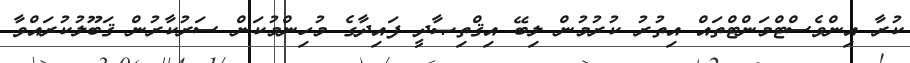
ކުރާ އިންވެސްޓްމަންޓްތައް އިތުރު ކުރުމުން ލިބޭ އިޤްތިޞާދީ ފައިދާގެ މުހިންމުކަން ސަރުކާރުން ޤަބޫލުކުރައްވާ